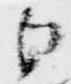
白